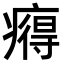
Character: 𤹬